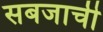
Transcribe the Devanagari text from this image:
सबजाची